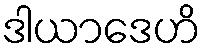
ဒါယာဒေဟိ